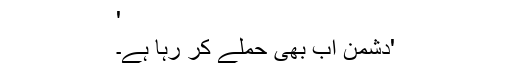
'
'دشمن اب بھی حملے کر رہا ہے۔